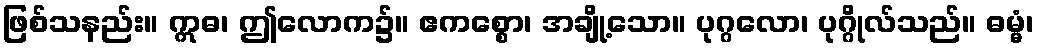
ဖြစ်သနည်း။ ဣဓ၊ ဤလောက၌။ ဧကစ္စော၊ အချို့သော။ ပုဂ္ဂလော၊ ပုဂ္ဂိုလ်သည်။ ဓမ္မံ၊